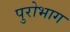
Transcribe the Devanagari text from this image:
पुरोभाग